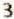
3